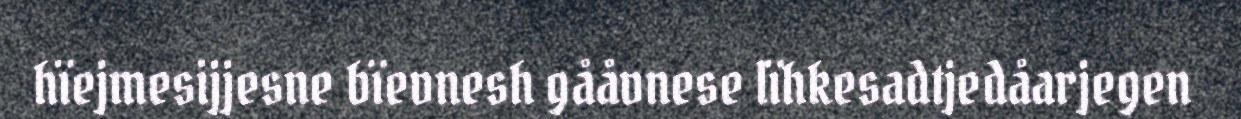
hïejmesijjesne bïevnesh gååvnese lïhkesadtjedåarjegen